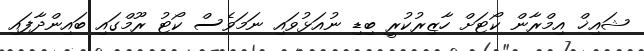
ޝައިޚް އިމްރާން ކޯޓަށް ހާޒިރުކުރީ ބިޑި ނުއަޅުވައި ނަމަވެސް ކޯޓު ރޫމްގައި ބައިންދާފައި